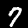
Digit: 7